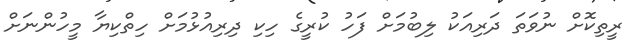
ރީތިކޮށް ނުވަތަ ދަރިއަކު ލިބުމަށް ފަހު ކުރީގެ ހިކި ދިރިއުޅުމަށް ހިތްކިޔާ މީހުންނަށް